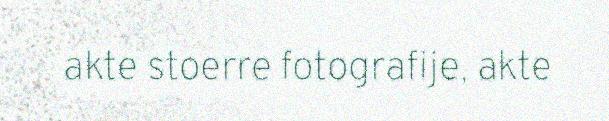
akte stoerre fotografije, akte